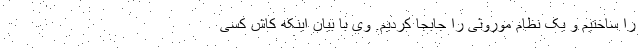
را ساختیم و یک نظام موروثی را جابجا کردیم. وی با بیان اینکه کاش کسی